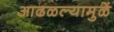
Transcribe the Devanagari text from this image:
आढळल्यामुळें